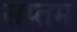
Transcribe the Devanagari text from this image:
सप्‍तम